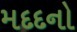
મદદનો